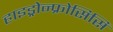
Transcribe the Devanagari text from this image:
हाइड्रोन्फ्रोसिसि